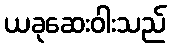
ယခုဆေးဝါးသည်